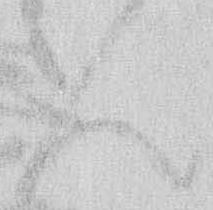
ん